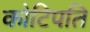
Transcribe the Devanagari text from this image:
कोटिपति